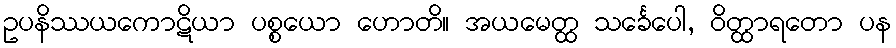
ဥပနိဿယကောဋိယာ ပစ္စယော ဟောတိ။ အယမေတ္ထ သင်္ခေပေါ, ဝိတ္ထာရတော ပန